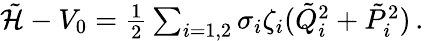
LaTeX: \begin{array}{r}{\tilde{{\mathcal{H}}}-V_{0}=\frac{1}{2}\sum_{i=1,2}\sigma_{i}\zeta_{i}(\tilde{Q}_{i}^{2}+\tilde{P}_{i}^{2})\, .}\end{array}